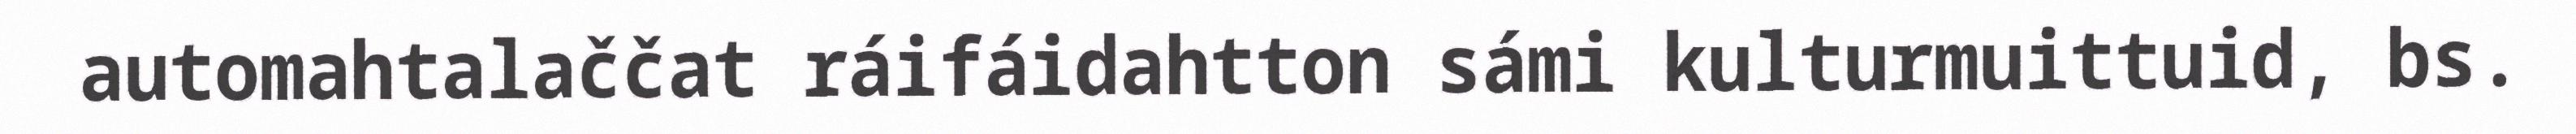
automahtalaččat ráifáidahtton sámi kulturmuittuid, bs.